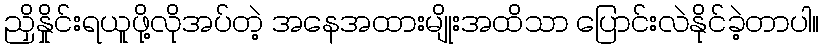
ညှိနှိုင်းရယူဖို့လိုအပ်တဲ့ အနေအထားမျိုးအထိသာ ပြောင်းလဲနိုင်ခဲ့တာပါ။